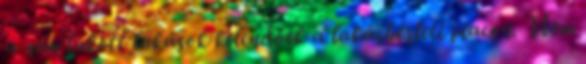
a nem lakott lakások kelendőek a lakásbérleti piacon. Nem